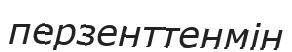
перзенттенмін